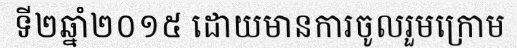
ទី២ឆ្នាំ២០១៥ ដោយមានការចូលរួមក្រោម